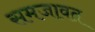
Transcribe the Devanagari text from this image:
समजावत